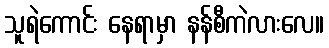
သူရဲကောင်း နေရာမှာ နန်စီကဲလားလေ။